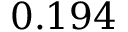
0 . 1 9 4